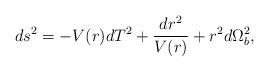
LaTeX: \begin{align*}ds^2 = -V(r) dT^2 + \frac{dr^2}{V(r)} + r^2d\Omega^2_b ,\end{align*}